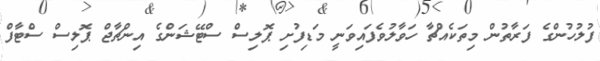
ފުލުހުންގެ ފަރާތުން މިތަކެއްޗާ ހަވާލުވެފައިވަނީ މަޑިފުށި ޕޮލިސް ސްޓޭޝަންގެ އިންޗާޖް ޕޮލިސް ސްޓާފް